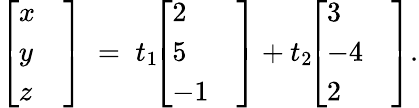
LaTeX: {\left[\begin{array}{ll}{x}&{}\\ {y}&{}\\ {z}&{}\end{array}\right]}\; =\; t_{1}\! {\left[\begin{array}{ll}{2}&{}\\ {5}&{}\\ {-1}&{}\end{array}\right]}+t_{2}\! {\left[\begin{array}{ll}{3}&{}\\ {-4}&{}\\ {2}&{}\end{array}\right]}.